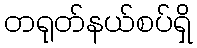
တရုတ်နယ်စပ်ရှိ